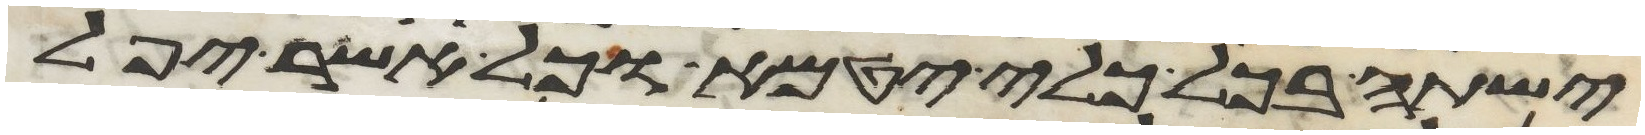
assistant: ישתה בכל כלי יטמא וכל אשר יפל